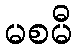
မစမီ